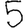
Digit: 5